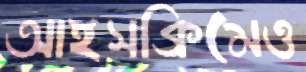
আইসক্রিমেও